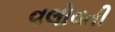
વલોવતી